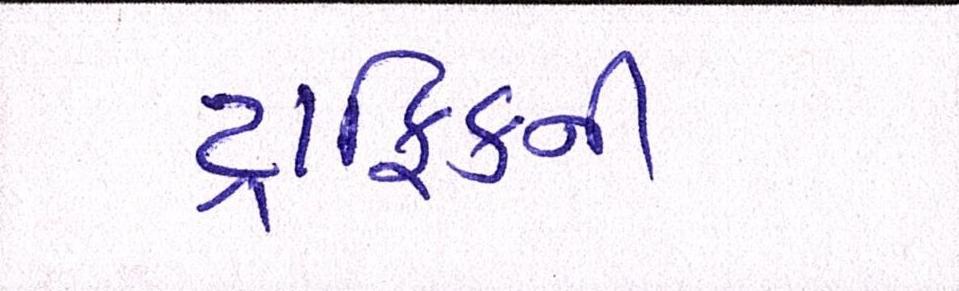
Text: ટ્રાફિકની